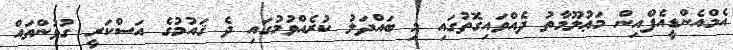
އެމްއެންޑީއެފްއިން މަޢުލޫމާތު ދެއްވައިގޮތުގައި މި ބައްދަލު ކުރެއްވުމުގައި ދެ ޤައުމުގެ އަސްކަރީ ގުޅުންތައް